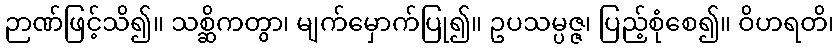
ဉာဏ်ဖြင့်သိ၍။ သစ္ဆိကတွာ၊ မျက်မှောက်ပြု၍။ ဥပသမ္ပဇ္ဇ၊ ပြည့်စုံစေ၍။ ဝိဟရတိ၊